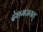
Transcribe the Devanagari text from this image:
देशमजयत्